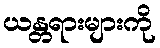
ယန္တရားများကို